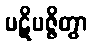
ပဋိပဇ္ဇိတွာ